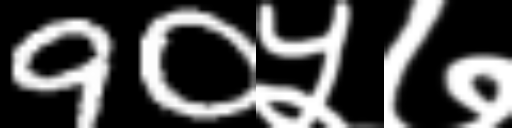
Text: 90५७